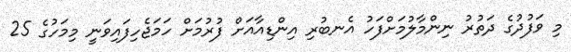
މި ވަފުދުގެ ދަތުރު ނިންމާލުމަށްފަހު އެނބުރި އިންޑިއާއަށް ފުރުމަށް ހަމަޖެހިފައިވަނީ މިމަހުގެ 25